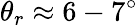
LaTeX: \theta_{r}\approx 6-7^{\circ}